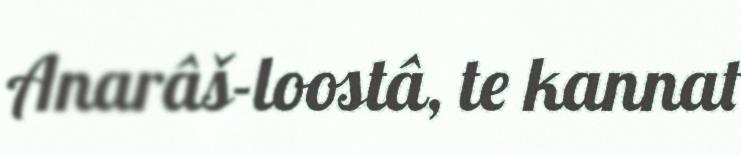
Anarâš-loostâ, te kannat